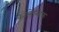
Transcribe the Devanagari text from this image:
कोलेस्निक